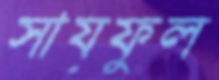
সায়ফুল